Document type: Emphyteutic lease
Year: 1274
Scribe: Pere Marquès
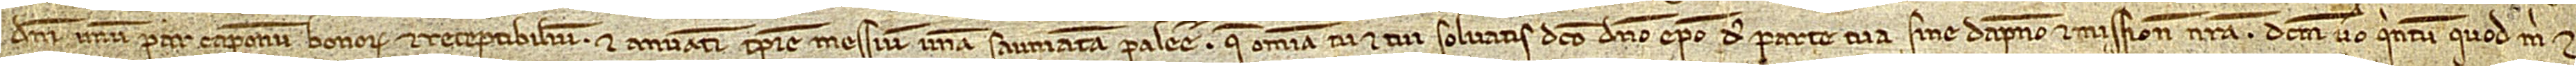
Domini unum par caponum bonorum et receptibilium, et annuatim tempore messium unam saumatam palee. Que omnia tu et tui solvatis dicto domino episcopo de parte tua, sine dampno et missione nostra. Dictum vero quintum quod mihi et